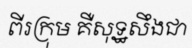
ពីរក្រុម គឺសុទ្ឋសឹងជា